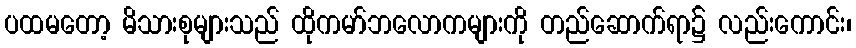
ပထမတော့ မိသားစုများသည် ထိုကမာ်ဘလောကများကို တည်ဆောက်ရာ၌ လည်းကောင်း၊